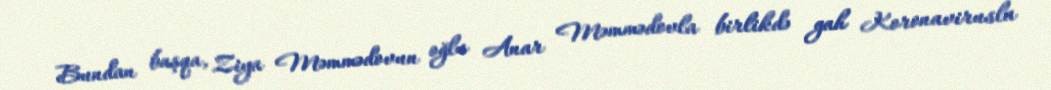
Bundan başqa, Ziya Məmmədovun oğlu Anar Məmmədovla birlikdə gah Koronavirusla